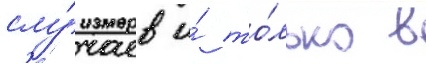
слу́чаев и́ то́лько в